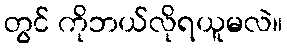
တွင် ကိုဘယ်လိုရယူမလဲ။